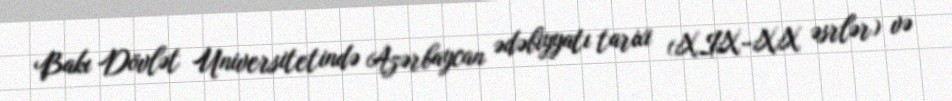
Bakı Dövlət Universitetində Azərbaycan ədəbiyyatı tarixi (XIX–XX əsrlər) və